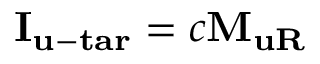
\begin{array} { r } { { { \mathbf { I } } _ { { \mathbf { u - t a r } } } } = c { { \mathbf { M } } _ { { \mathbf { u R } } } } } \end{array}